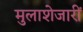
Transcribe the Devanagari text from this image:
मुलाशेजारीं